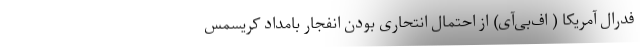
فدرال آمریکا ( اف‌بی‌آی) از احتمال انتحاری بودن انفجار بامداد کریسمس